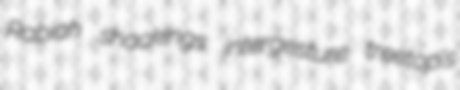
Rabiah shackings intergesture treetop's